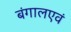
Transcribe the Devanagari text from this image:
बंगालएवं